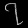
Digit: ၇